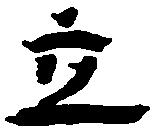
立